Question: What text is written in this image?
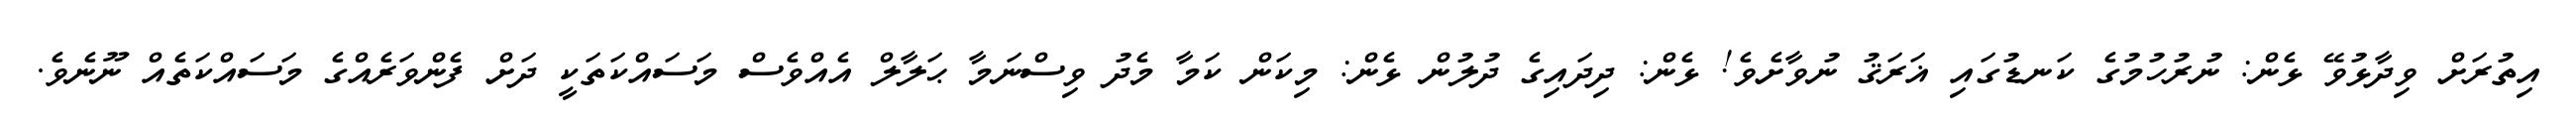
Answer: އިތުރަށް ވިދާޅުވޭ ޅެން: ނުރުހުމުގެ ކަނޑުގައި ޣަރަޤު ނުވާށެވެ! ޅެން: ދިދައިގެ ދުލުން ޅެން: މިކަން ކަމާ މެދު ވިސްނަމާ ޙަލާލް އެއްވެސް މަސައްކަތަކީ ދަށް ފެންވަރެއްގެ މަސައްކަތެއް ނޫނެވެ.